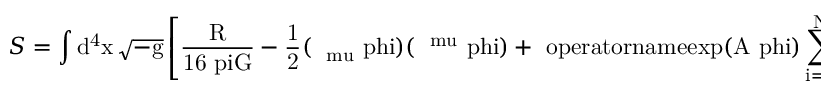
S = \int \mathrm { d ^ { 4 } x \, \sqrt { - g } \left[ \frac { R } { 1 6 \ p i G } - \frac { 1 } { 2 } ( \nabla _ { \ m u } \ p h i ) ( \nabla ^ { \ m u } \ p h i ) + \ o p e r a t o r n a m e { e x p } { ( A \ p h i ) } \sum _ { i = 1 } ^ { N } \bar { \ p s i } _ { i } \ g a m m a ^ { \ m u } \nabla _ { \ m u } \ p s i ^ { i } \right] \, , }